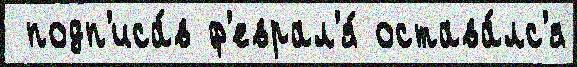
 подп'иса́в ф'еврал'я́ остава́лс'я